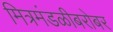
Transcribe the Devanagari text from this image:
मित्रमंडळीबरोबर